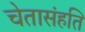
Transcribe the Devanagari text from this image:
चेतासंहति